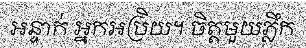
អន្ទាក់ អ្នកអប្រិយ។ ចិត្តមួយភ្លឹក